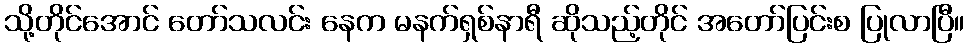
သို့တိုင်အောင် တော်သလင်း နေက မနက်ရှစ်နာရီ ဆိုသည့်တိုင် အတော်ပြင်းစ ပြုလာပြီ။